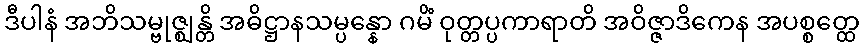
ဒီပါနံ အဘိသမ္ဗုဇ္ဈန္တိ အဓိဋ္ဌာနသမ္ပန္နော ဂမိံ ဝုတ္တပ္ပကာရာတိ အဝိဇ္ဇာဒိကေန အပစ္စတ္ထေ